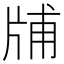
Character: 𤗃